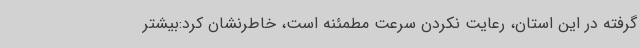
گرفته در این استان، رعایت نکردن سرعت مطمئنه است، خاطرنشان کرد:بیشتر